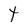
Character: t